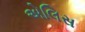
એલિસ